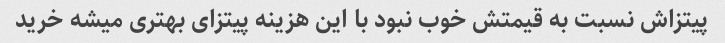
پیتزاش نسبت به قیمتش خوب نبود با این هزینه پیتزای بهتری میشه خرید